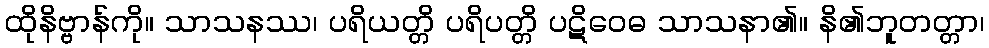
ထိုနိဗ္ဗာန်ကို။ သာသနဿ၊ ပရိယတ္တိ ပရိပတ္တိ ပဋိဝေဓ သာသနာ၏။ နိ၏ဘူတတ္တာ၊